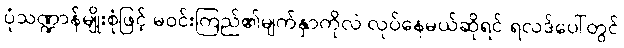
ပုံသဏ္ဍာန်မျိုးစုံဖြင့် မဝင်းကြည်၏မျက်နှာကိုလဲ လုပ်နေမယ်ဆိုရင် ရလဒ်ပေါ်တွင်